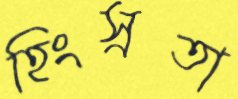
হিংস্রতা